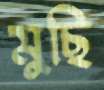
মুছি